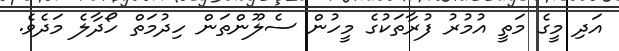
އަދި މީގެ މަތީ އުމުރު ފުރާތަކުގެ މީހުން ސެލޫންތަން ހިދުމަތް ހޯދާލެ މަދެވެ.